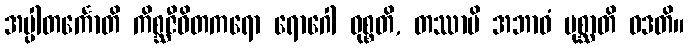
အပ္ပါတင်္ကောတိ ကိစ္ဆဇီဝိတကရော ရောဂေါ ဝုစ္စတိ, တဿာပိ အဘာဝံ ပုစ္ဆာတိ ဝဒတိ။